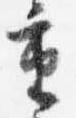
重